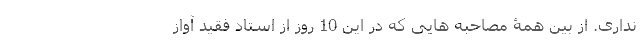
نداری. از بین همۀ مصاحبه هایی که در این 10 روز از استاد فقید آواز